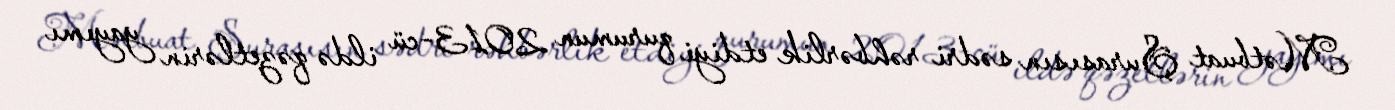
Mətbuat Şurasısın sədri rəhbərlik etdiyi qurumun 2013-cü ildə qəzetlərin yayımı